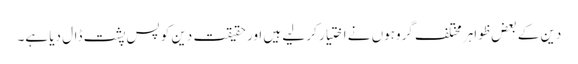
دین کے بعض ظواہر مختلف گروہوں نے اختیار کر لیے ہیں اور حقیقت دین کو پس پشت ڈال دیا ہے۔